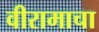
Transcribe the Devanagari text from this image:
वीरामाचा